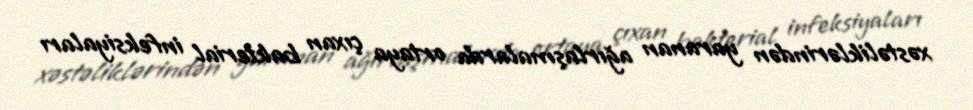
xəstəliklərindən yaranan ağırlaşmalarda ortaya çıxan bakterial infeksiyaları